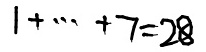
1 + \cdots + 7 = 2 8